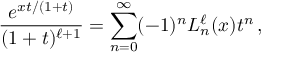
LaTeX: \frac { e ^ { x t / ( 1 + t ) } } { ( 1 + t ) ^ { \ell + 1 } } = \sum _ { n = 0 } ^ { \infty } ( - 1 ) ^ { n } L _ { n } ^ { \ell } ( x ) t ^ { n } \, ,